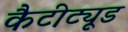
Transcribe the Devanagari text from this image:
कैटीट्यूड